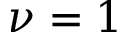
\nu = 1